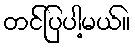
တင်ပြပါ့မယ်။